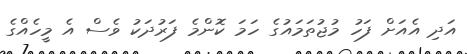
އަދި އެއަށް ފަހު މުޖުތަމައުގެ ހަމަ ކޮންމެ ފަރުދަކު ވެސް އެ މީހެއްގެ